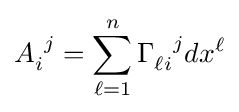
A_{i}^{\ j}=\sum _{\ell =1}^{n}\Gamma _{\ell i}^{\ \ j}dx^{\ell }